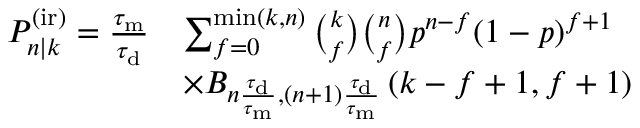
\begin{array} { r l } { P _ { n | k } ^ { \mathrm { ( i r ) } } = \frac { \tau _ { \mathrm { m } } } { \tau _ { \mathrm { d } } } } & { \sum _ { f = 0 } ^ { \operatorname* { m i n } ( k , n ) } \binom { k } { f } \binom { n } { f } p ^ { n - f } ( 1 - p ) ^ { f + 1 } } \\ & { \times B _ { n \frac { \tau _ { \mathrm { d } } } { \tau _ { \mathrm { m } } } , ( n + 1 ) \frac { \tau _ { \mathrm { d } } } { \tau _ { \mathrm { m } } } } \left( k - f + 1 , f + 1 \right) } \end{array}